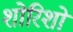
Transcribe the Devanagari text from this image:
शोरिशों